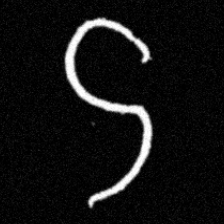
Pyu character \u2014 Myanmar letter: ဌ (romanized: ttha)